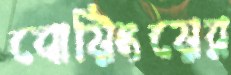
বোয়িংয়ের